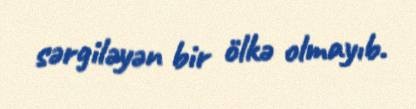
sərgiləyən bir ölkə olmayıb.